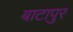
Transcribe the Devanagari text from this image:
बाटापुर